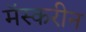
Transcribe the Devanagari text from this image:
मॅस्करीन